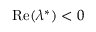
\mathrm { R e } ( \lambda ^ { * } ) < 0